Insane asylums Bombay 1873-77 - 1873-1877
Year: 1873
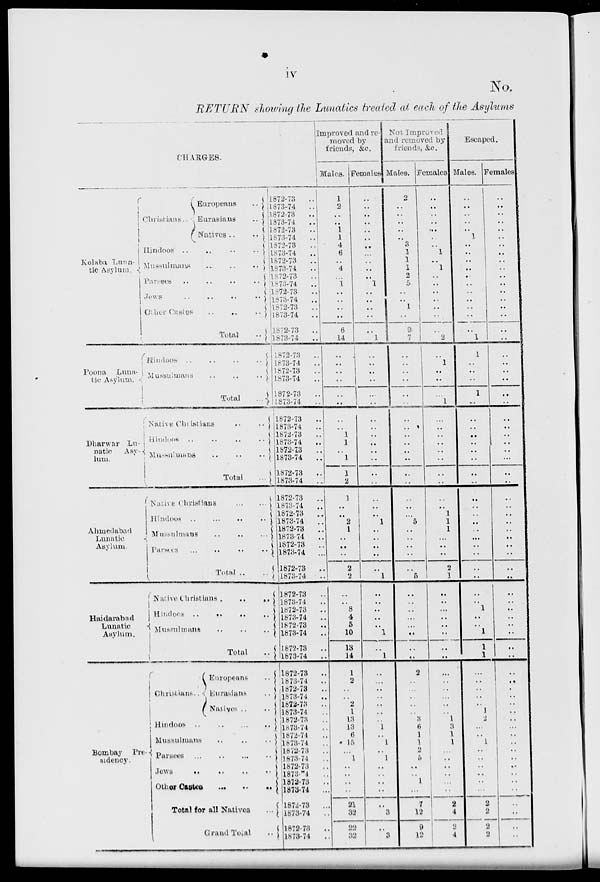
iv
No.
RETURN showing the Lunatics treated at each of the Asylums
CHARGES.
Kolaba Luna-
tic
Asylum.
Poona
Luna-
tic Asylum.
Dharwar Lu-
natic Asylum.
Ahmedabad
Lunatic
Asylum.
Haidarabad
Lunatic
Asylum.
Bombay Pre-
sidency.
Christians.
Europeans
..
Eurasians ..
Natives .. ..
Hindoos
..
..
..
..
Mussulmans
..
..
..
..
Parsees .. .. .. ..
Jews .. .. .. ..
Other Castes .. .. ..
Total
..
Hindoos .. .. .. ..
Mussulmans
..
..
..
..
Total
..
Native Christians .. ..
Hindoos
..
..
..
..
Mussulmans .. .. .. ..
Total ...
Native Christians ... ...
Hindoos .. .. .. ..
Mussulmans .. .. .. ..
Parsees .. .. .. ..
Total ..
Native Christians .. ..
Hindoos .. .. .. ..
Mussulmans .. .. .. ..
Total
..
Christians . .
Europeans ..
Eurasians ..
Natives .. ..
Hindoos .. .. .. ..
Mussulmans .. .. ..
Parsees .. .. .. ..
Jews .. .. .. ..
Other Castes .. .. ..
Total for all Natives ..
Grand Total ..
1872-73 ..
1873-74
..
1872-73 ..
1873-74 ..
1872-73
..
1873-74 ..
1872-73
..
1873-74 ..
1872-73
..
1873-74 ..
1872-73 ..
1873-74 ..
1872-73 ..
1873-74 ..
1872-73 ..
1873-74 ..
1872-73 ..
1873-74 ..
1872-73 ..
1873-74 ..
1872-73 ..
1873-74 ..
1872-73 ..
1873-74 ..
1872-73 ..
1873-74 ..
1872-73 ..
1873-74 ..
1872-73
..
1873-74 ..
1872-73 ..
1873-74
..
1872-73 ..
1873-74 ..
1872-73 ..
1873-74 ..
1872-73 ..
1873 74 ..
1872-73 ..
1873-74 ..
1872-73 ..
1873-74 ..
1872-73 ..
1873-74 ..
1872-73 ..
1873-74 ..
1872-73 ..
1873-74 ..
1872-73 ..
1873-74 ..
1872-73 ..
1873-74 ..
1872-73 ..
1873-74 ..
1872-73 ..
1873-74 ..
1872-73 ..
l873-74 ..
l872-74 ..
1873-74 ..
1872-73 ..
1873-74 ..
1872-73 ..
1873-74 ..
1872-73 ..
1873-74 ..
1872-73 ..
1873-74 ..
1872-73 ..
1873-74 ..
Improved and re-
moved by
friends, &c.
Males.
1
2
..
..
1 1
4
6
..
4
..
1
..
..
..
..
6
14
..
..
..
..
..
..
..
1
1
..
1
..
1
2
1
..
..
2
1
..
..
..
2
2
..
..
8
4
5
10
13
14
1
2
..
..
2
1
13
13
6
15
..
1
..
..
..
..
21
32
22
32
Females.
..
..
..
..
..
..
..
..
..
..
..
1
..
..
..
..
..
1
..
..
..
..
..
..
..
..
..
..
..
..
..
..
..
..
..
1
..
..
..
..
..
1
..
..
..
..
..
1
..
1
..
..
..
..
..
..
..
1
..
1
..
1
..
..
..
..
..
3
..
3
Not Improved
and removed by
friends, &c.
Males.
2
..
..
..
..
..
3
1
1
1
2
5
..
..
1
..
9
7
..
..
..
..
..
..
..
..
..
..
..
..
..
..
..
..
..
5
..
..
..
..
..
5
..
..
..
..
..
..
..
..
2
..
..
..
..
..
3
6
1
1
2
5
..
..
1
..
7
12
9
12
Females.
..
..
..
..
..
..
..
1
..
1
..
..
..
..
..
..
..
2
..
1
..
..
..
1
..
..
..
..
..
..
..
..
..
..
1
1
1
..
..
..
2
1
..
..
..
..
..
..
..
..
..
..
..
..
..
..
1
3
1
1
..
..
..
..
..
..
2
4
2
4
Escaped.
Males.
..
..
..
..
..
1
..
..
..
..
..
..
..
..
..
..
..
1
1
..
..
..
1
..
..
..
..
..
..
..
..
..
..
..
..
..
..
..
..
..
..
..
..
..
1
..
..
1
1
1
..
..
..
..
..
1
2
..
..
1
..
..
..
..
..
..
2
2
2
2
Females.
..
..
..
..
..
..
..
..
..
..
..
..
..
..
..
..
..
..
..
..
..
..
..
..
..
..
..
..
..
..
..
..
..
..
..
..
..
..
..
..
..
..
..
..
..
..
..
..
..
..
..
..
..
..
..
..
..
..
..
..
..
..
..
..
..
..
..
..
..
..